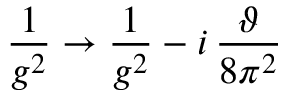
\frac { 1 } { g ^ { 2 } } \to \frac { 1 } { g ^ { 2 } } - i \, \frac { \vartheta } { 8 \pi ^ { 2 } }